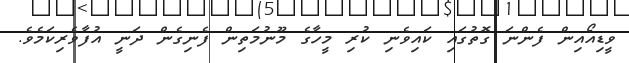
ވީޑިއޯއިން ފެންނަ ގޮތުގައި ކައިވެނި ކުރި މީހާގެ މޫނުމަތިން ފެނިގެން ދަނީ އުފާވެރިކަމެވެ.